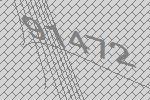
91472